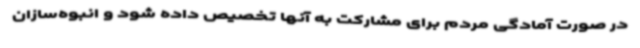
در صورت آمادگی مردم برای مشارکت به آنها تخصیص داده شود و انبوه‌سازان